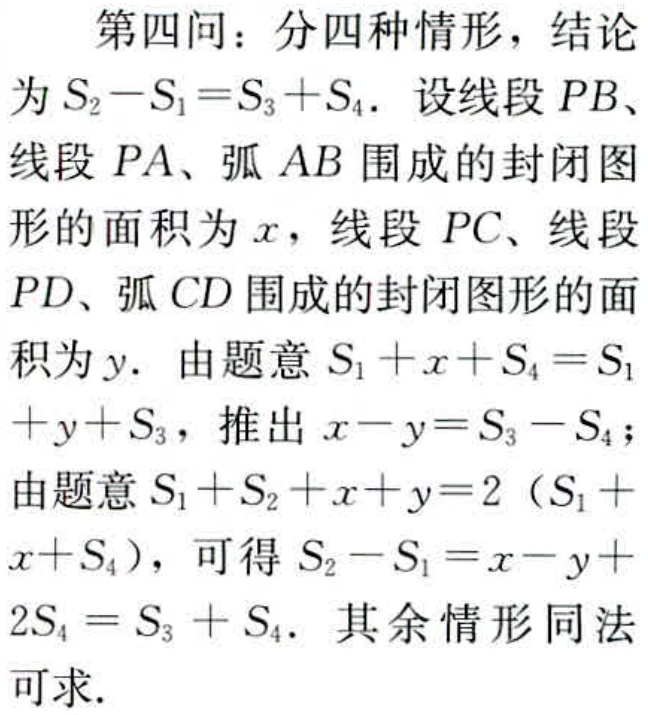
第四问：分四种情形，结论
为 \(S_{2}-S_{1}=S_{3}+S_{4}\)。设线段 \(PB\)、
线段 \(PA\)、弧 \(AB\) 围成的封闭图
形的面积为 \(x\)，线段 \(PC\)、线段
\(PD\)、弧 \(CD\) 围成的封闭图形的面
积为 \(y\)。由题意 \(S_{1}+x + S_{4}=S_{1}\)
\(+y + S_{3}\)，推出 \(x - y=S_{3}-S_{4}\)；
由题意 \(S_{1}+S_{2}+x + y = 2(S_{1}+\)
\(x + S_{4})\)，可得 \(S_{2}-S_{1}=x - y+\)
\(2S_{4}=S_{3}+S_{4}\)。其余情形同法
可求.